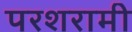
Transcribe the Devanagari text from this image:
परशरामी